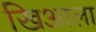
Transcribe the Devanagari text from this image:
खिआला